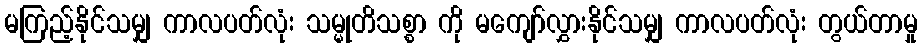
မကြည့်နိုင်သမျှ ကာလပတ်လုံး သမ္မုတိသစ္စာ ကို မကျော်လွှားနိုင်သမျှ ကာလပတ်လုံး တွယ်တာမှု